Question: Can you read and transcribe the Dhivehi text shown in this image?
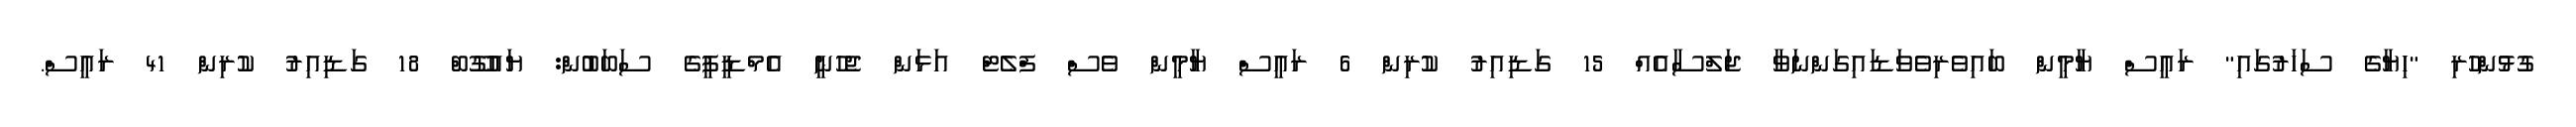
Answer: ގުޅުންހުރި "ހިޔާގެ ސަހަރުގައި" ރައީސް ޔާމީން ބައިވެރިވެވަޑައިގަންނަވާ ޖަލްސާއެއް 15 ގަޑިއިރު ކުރިން 6 ރައީސް ޔާމީން ވެސް ފްލެޓް އަޅަން ޖެހުނީ އެމްޑީޕީގެ ސަބަބުން: ޔައުގޫބް 18 ގަޑިއިރު ކުރިން 41 ރައީސް.